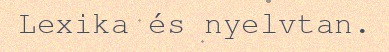
Lexika és nyelvtan.